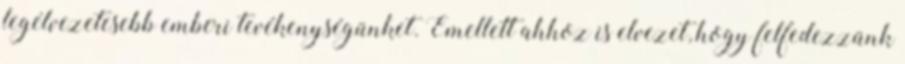
legélvezetesebb emberi tevékenységünket. Emellett ahhoz is elvezet, hogy felfedezzünk